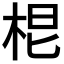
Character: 𭩷